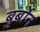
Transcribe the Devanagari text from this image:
बुर्बोन